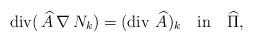
LaTeX: \begin{align*} {\rm div}(\,\widehat{A}\,\nabla\,N_{k})=({\rm div}\,\,\widehat{A})_{k}\quad\mathrm{in}\quad\widehat{\Pi},\end{align*}